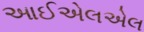
આઈએલએલ